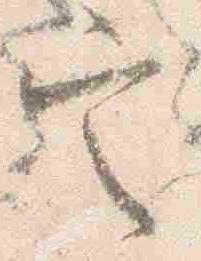
定